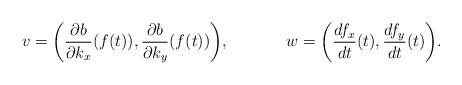
LaTeX: \begin{align*}v &=\bigg(\frac{\partial b}{\partial k_x}(f(t)),\frac{\partial b}{\partial k_y}(f(t))\bigg), &w &=\bigg(\frac{d f_x}{dt}(t), \frac{d f_y}{dt}(t)\bigg).\end{align*}